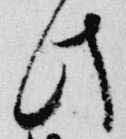
此